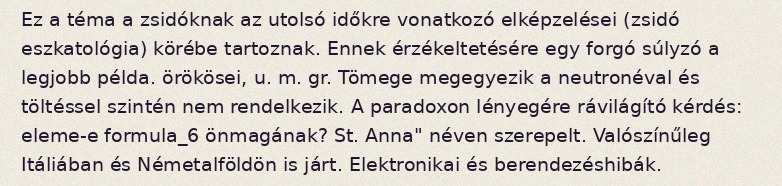
Ez a téma a zsidóknak az utolsó időkre vonatkozó elképzelései (zsidó eszkatológia) körébe tartoznak. Ennek érzékeltetésére egy forgó súlyzó a legjobb példa. örökösei, u. m. gr. Tömege megegyezik a neutronéval és töltéssel szintén nem rendelkezik. A paradoxon lényegére rávilágító kérdés: eleme-e formula_6 önmagának? St. Anna" néven szerepelt. Valószínűleg Itáliában és Németalföldön is járt. Elektronikai és berendezéshibák.